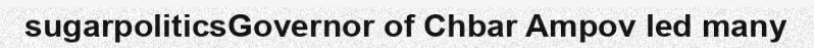
sugarpoliticsGovernor of Chbar Ampov led many